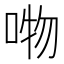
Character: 𭈘